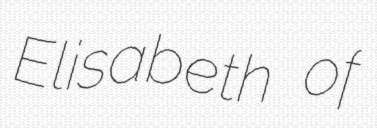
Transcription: Elisabeth of